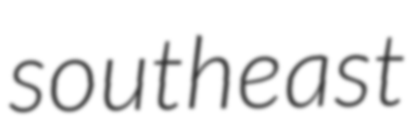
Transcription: southeast